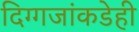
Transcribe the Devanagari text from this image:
दिग्गजांकडेही